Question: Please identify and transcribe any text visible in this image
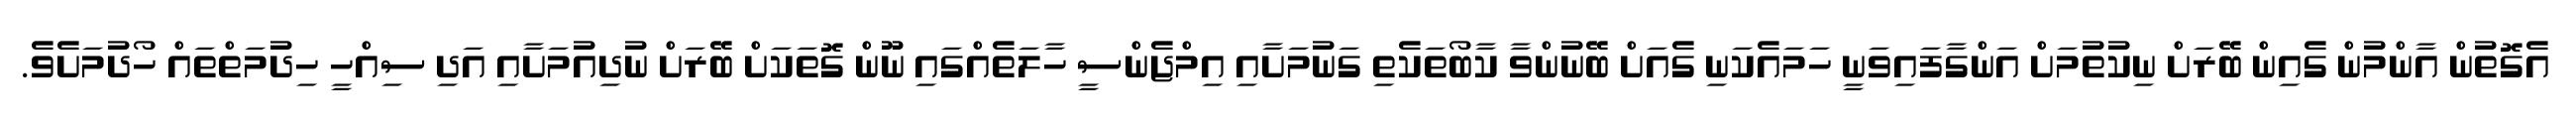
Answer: އެގޮތުން އާންމުން ގެއިން ބޭރަށް ނިކުތުމަށް އަންގާފައިވަނީ ހަމައެކަނި ގެއަށް ބޭނުންވާ ކާބޯތަކެތި ގަނުމަށާއި އިމްޖެންސީ ހާލަތެއްގައި ނޫން ގޮތަކަށް ބޭރަށް ނުދިއުމަށާއި އަދި ސިއްހީ ހިދުމަތްތައް ހޯދުމަށެވެ.